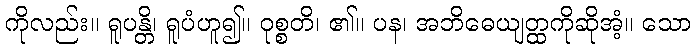
ကိုလည်း။ ရူပန္တိ၊ ရူပံဟူ၍။ ဝုစ္စတိ၊ ၏။ ပန၊ အဘိဓေယျတ္ထကိုဆိုအံ့။ သော